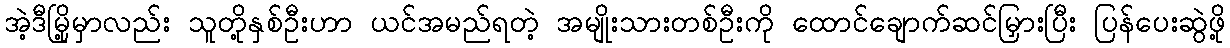
အဲ့ဒီမြို့မှာလည်း သူတို့နှစ်ဦးဟာ ယင်အမည်ရတဲ့ အမျိုးသားတစ်ဦးကို ထောင်ချောက်ဆင်မြှားပြီး ပြန်ပေးဆွဲဖို့